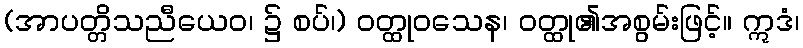
(အာပတ္တိသညီယေဝ၊ ၌ စပ်၊) ဝတ္ထုဝသေန၊ ဝတ္ထု၏အစွမ်းဖြင့်။ ဣဒံ၊